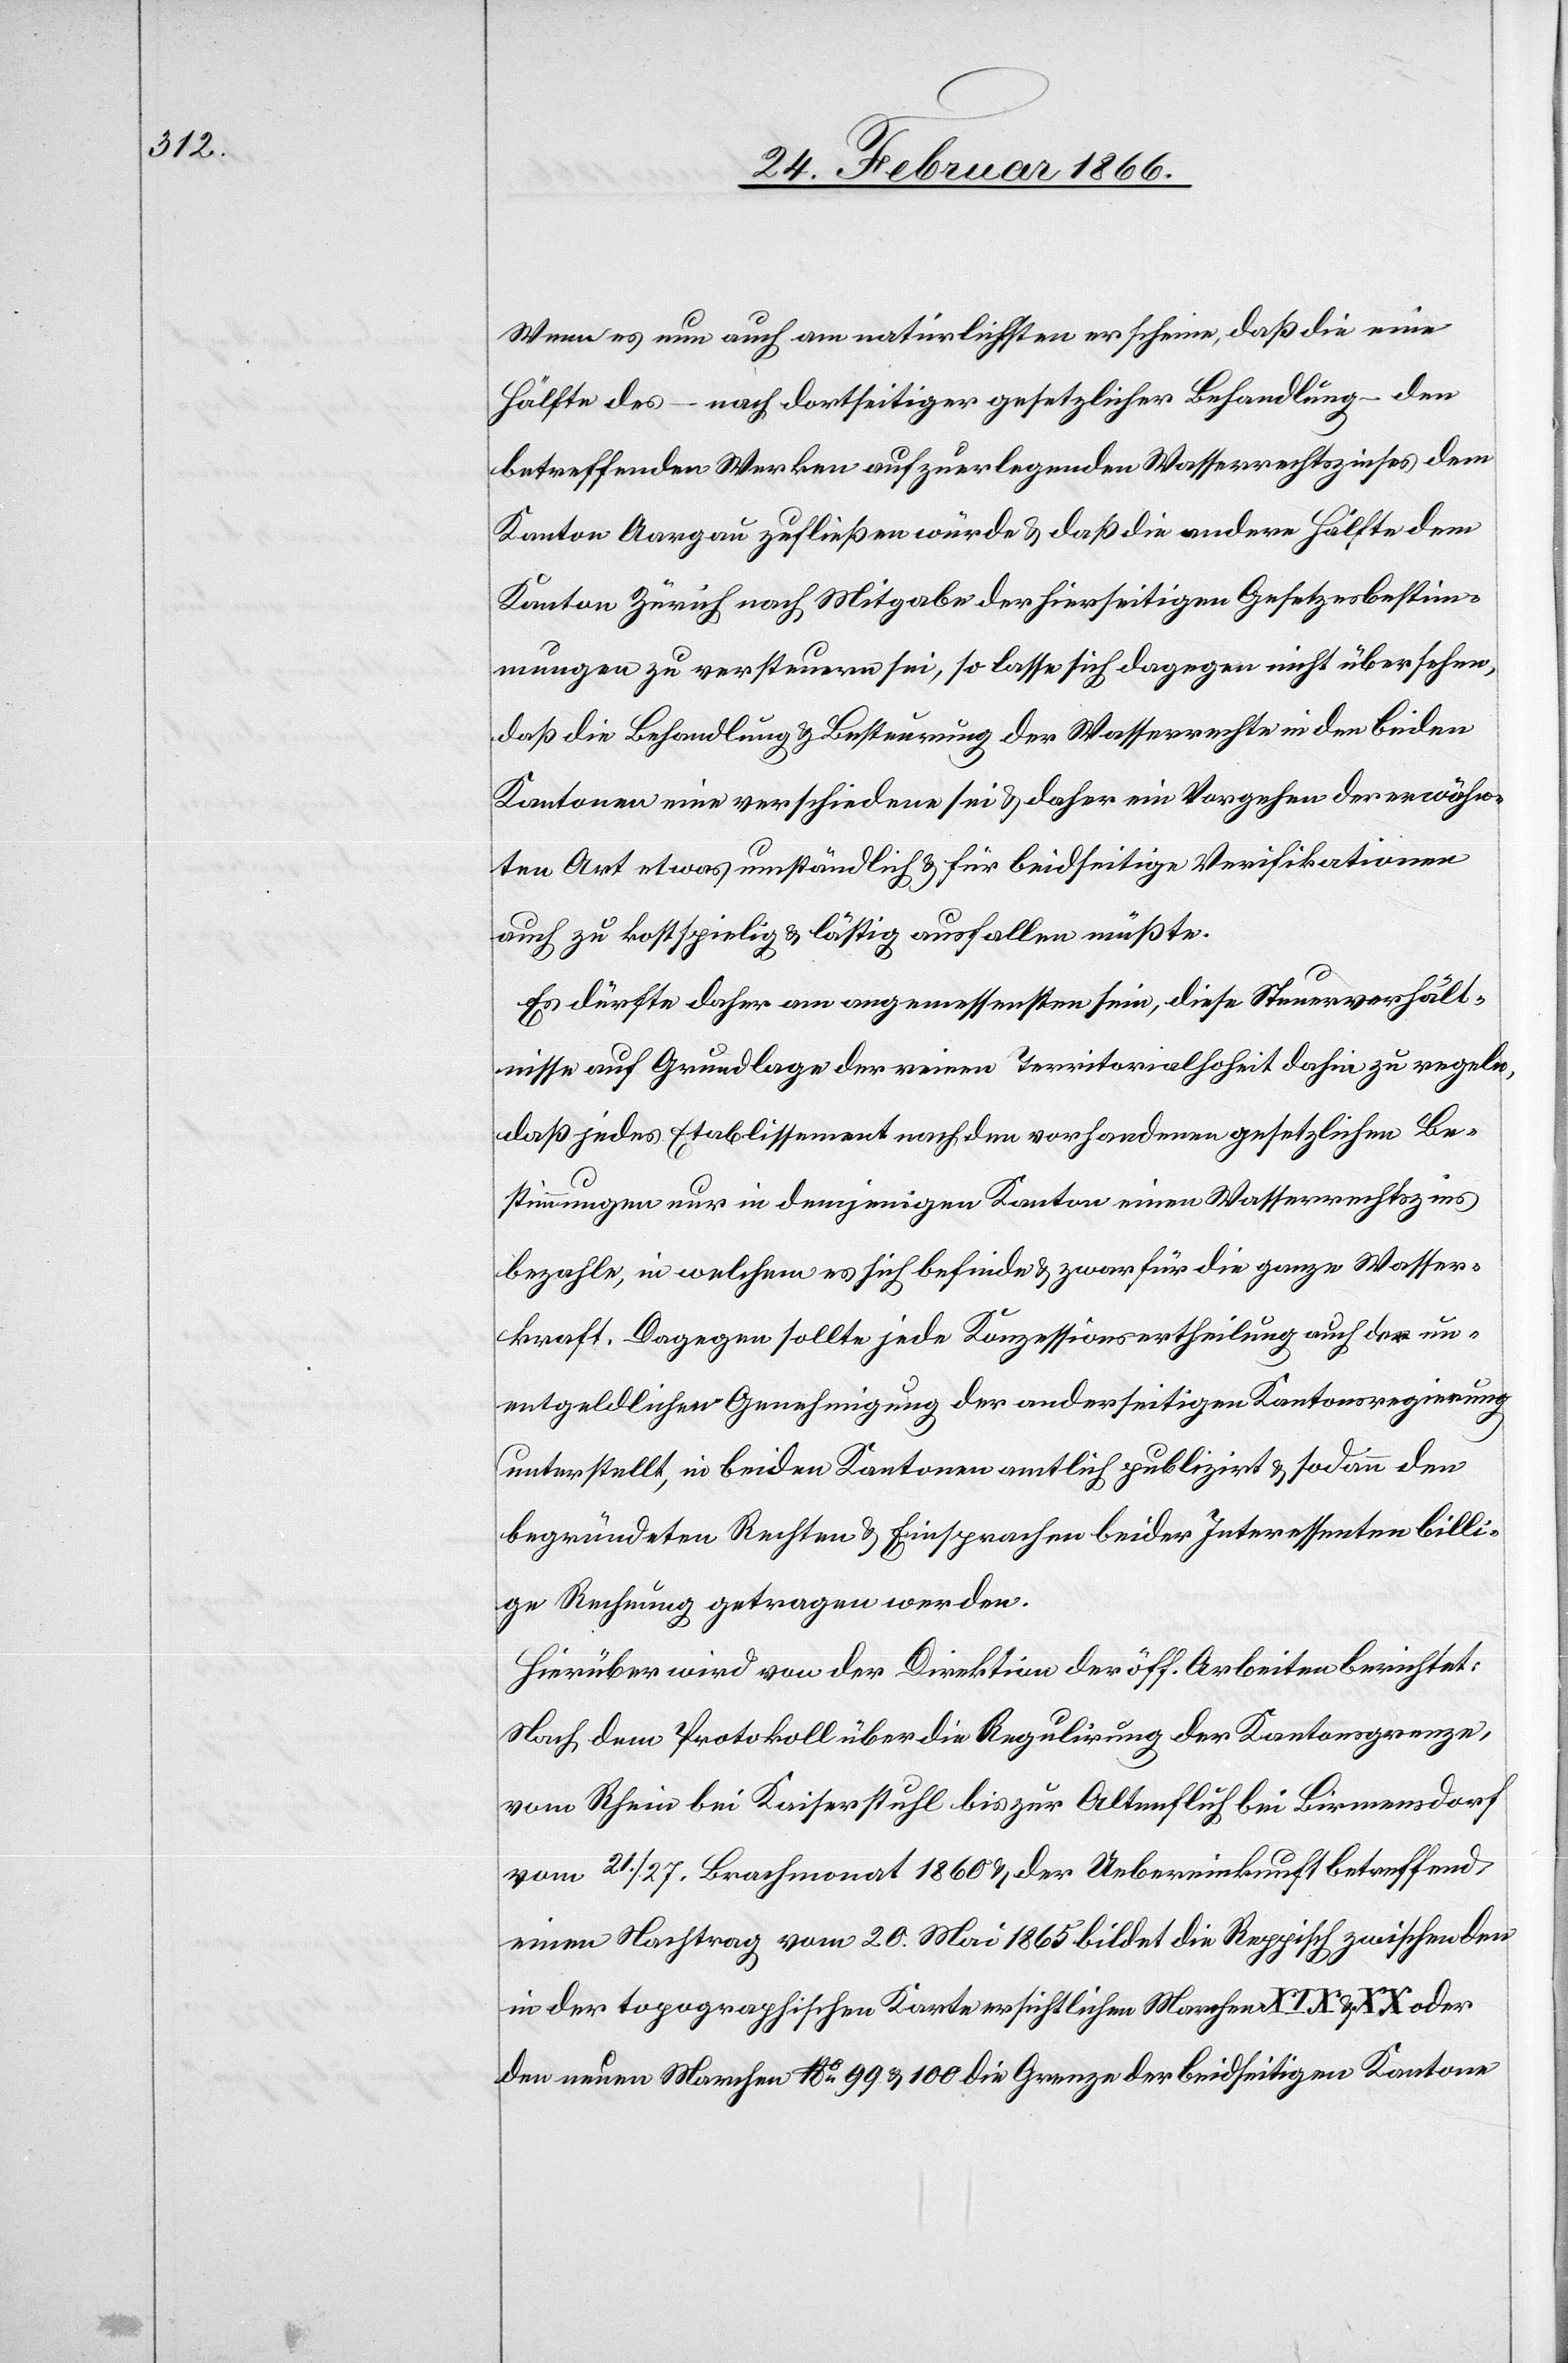
Wenn es nun auch am natürlichsten erscheine, daß die eine
Hälfte des – nach dortseitiger gesetzlicher Behandlung – den
betreffenden Werken aufzuerlegenden Wasserrechtszinses dem
Kanton Aargau zufließen würde u. daß die andere Hälfte dem
Kanton Zürich nach Mitgabe der hierseitigen Gesetzesbestim¬
mungen zu versteuern sei, so lasse sich dagegen nicht übersehen,
daß die Behandlung u. Bestimmung der Wasserrechte in den beiden
Kantonen eine verschiedene sei u. daher ein Vorgehen der erwähn¬
ten Art etwas umständlich u. für beidseitige Verifikationen
auch zu kostspielig u. lästig ausfallen müßte.
Es dürfte daher am angemessensten sein, diese Steuerverhält¬
nisse auf Grundlage der reinen Territorialhoheit dahin zu regeln,
daß jedes Etablissement nach den vorhandenen gesetzlichen Be¬
stimmungen in demjenigen Kanton einen Wasserrechtszins
bezahle, in welchem es sich befinde u. zwar für die ganze Wasser¬
kraft. Dagegen sollte jede Konzessionsertheilung auch der un¬
entgeldlichen Genehmigung der anderseitigen Kantonsregierung
unterstellt, in beiden Kantonen amtlich publizirt u. sodann den
begründeten Rechten u. Einsprachen beider Interessenten billi¬
ge Rechnung getragen werden.
Hierüber wird von der Direktion der öff. Arbeiten berichtet:
Nach dem Protokoll über die Regulirung der Kantonsgrenze,
vom Rhein bei Kaiserstuhl bis zur Altenfluh bei Birmensdorf
vom 21./27. Brachmonat 1860 u. der Uebereinkunft betreffend
einem Nachtrag vom 20. Mai 1865 bildet die Reppisch zwischen den
in der taxographischen Karte ersichtlichen Marchen XIX u. XX oder
den neuen Marchen No. 99 u. 100 die Grenze der beidseitigen Kantone